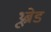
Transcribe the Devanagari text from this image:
थ्रूब्रेड